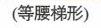
（等腰梯形）